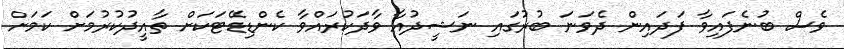
ވެސް ބުނެފައިވާ ފަދައިން ދެވަނަ ބުރުގައި ނަޝީދުއާ ވާދަކުރައްވާ ކެންޑިޑޭޓަކަށް ތާއީދުކުރުމަށް ކަމަށް